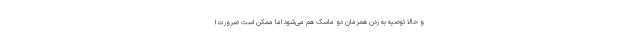
و حالا توصیه به زدن همزمان دو ماسک هم می‌شود اما ممکن است ضرورت ا